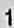
1